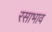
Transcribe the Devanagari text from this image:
रसाभाव